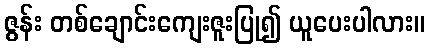
ဇွန်း တစ်ချောင်းကျေးဇူးပြု၍ ယူပေးပါလား။